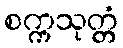
စက္ကသုတ္တံ